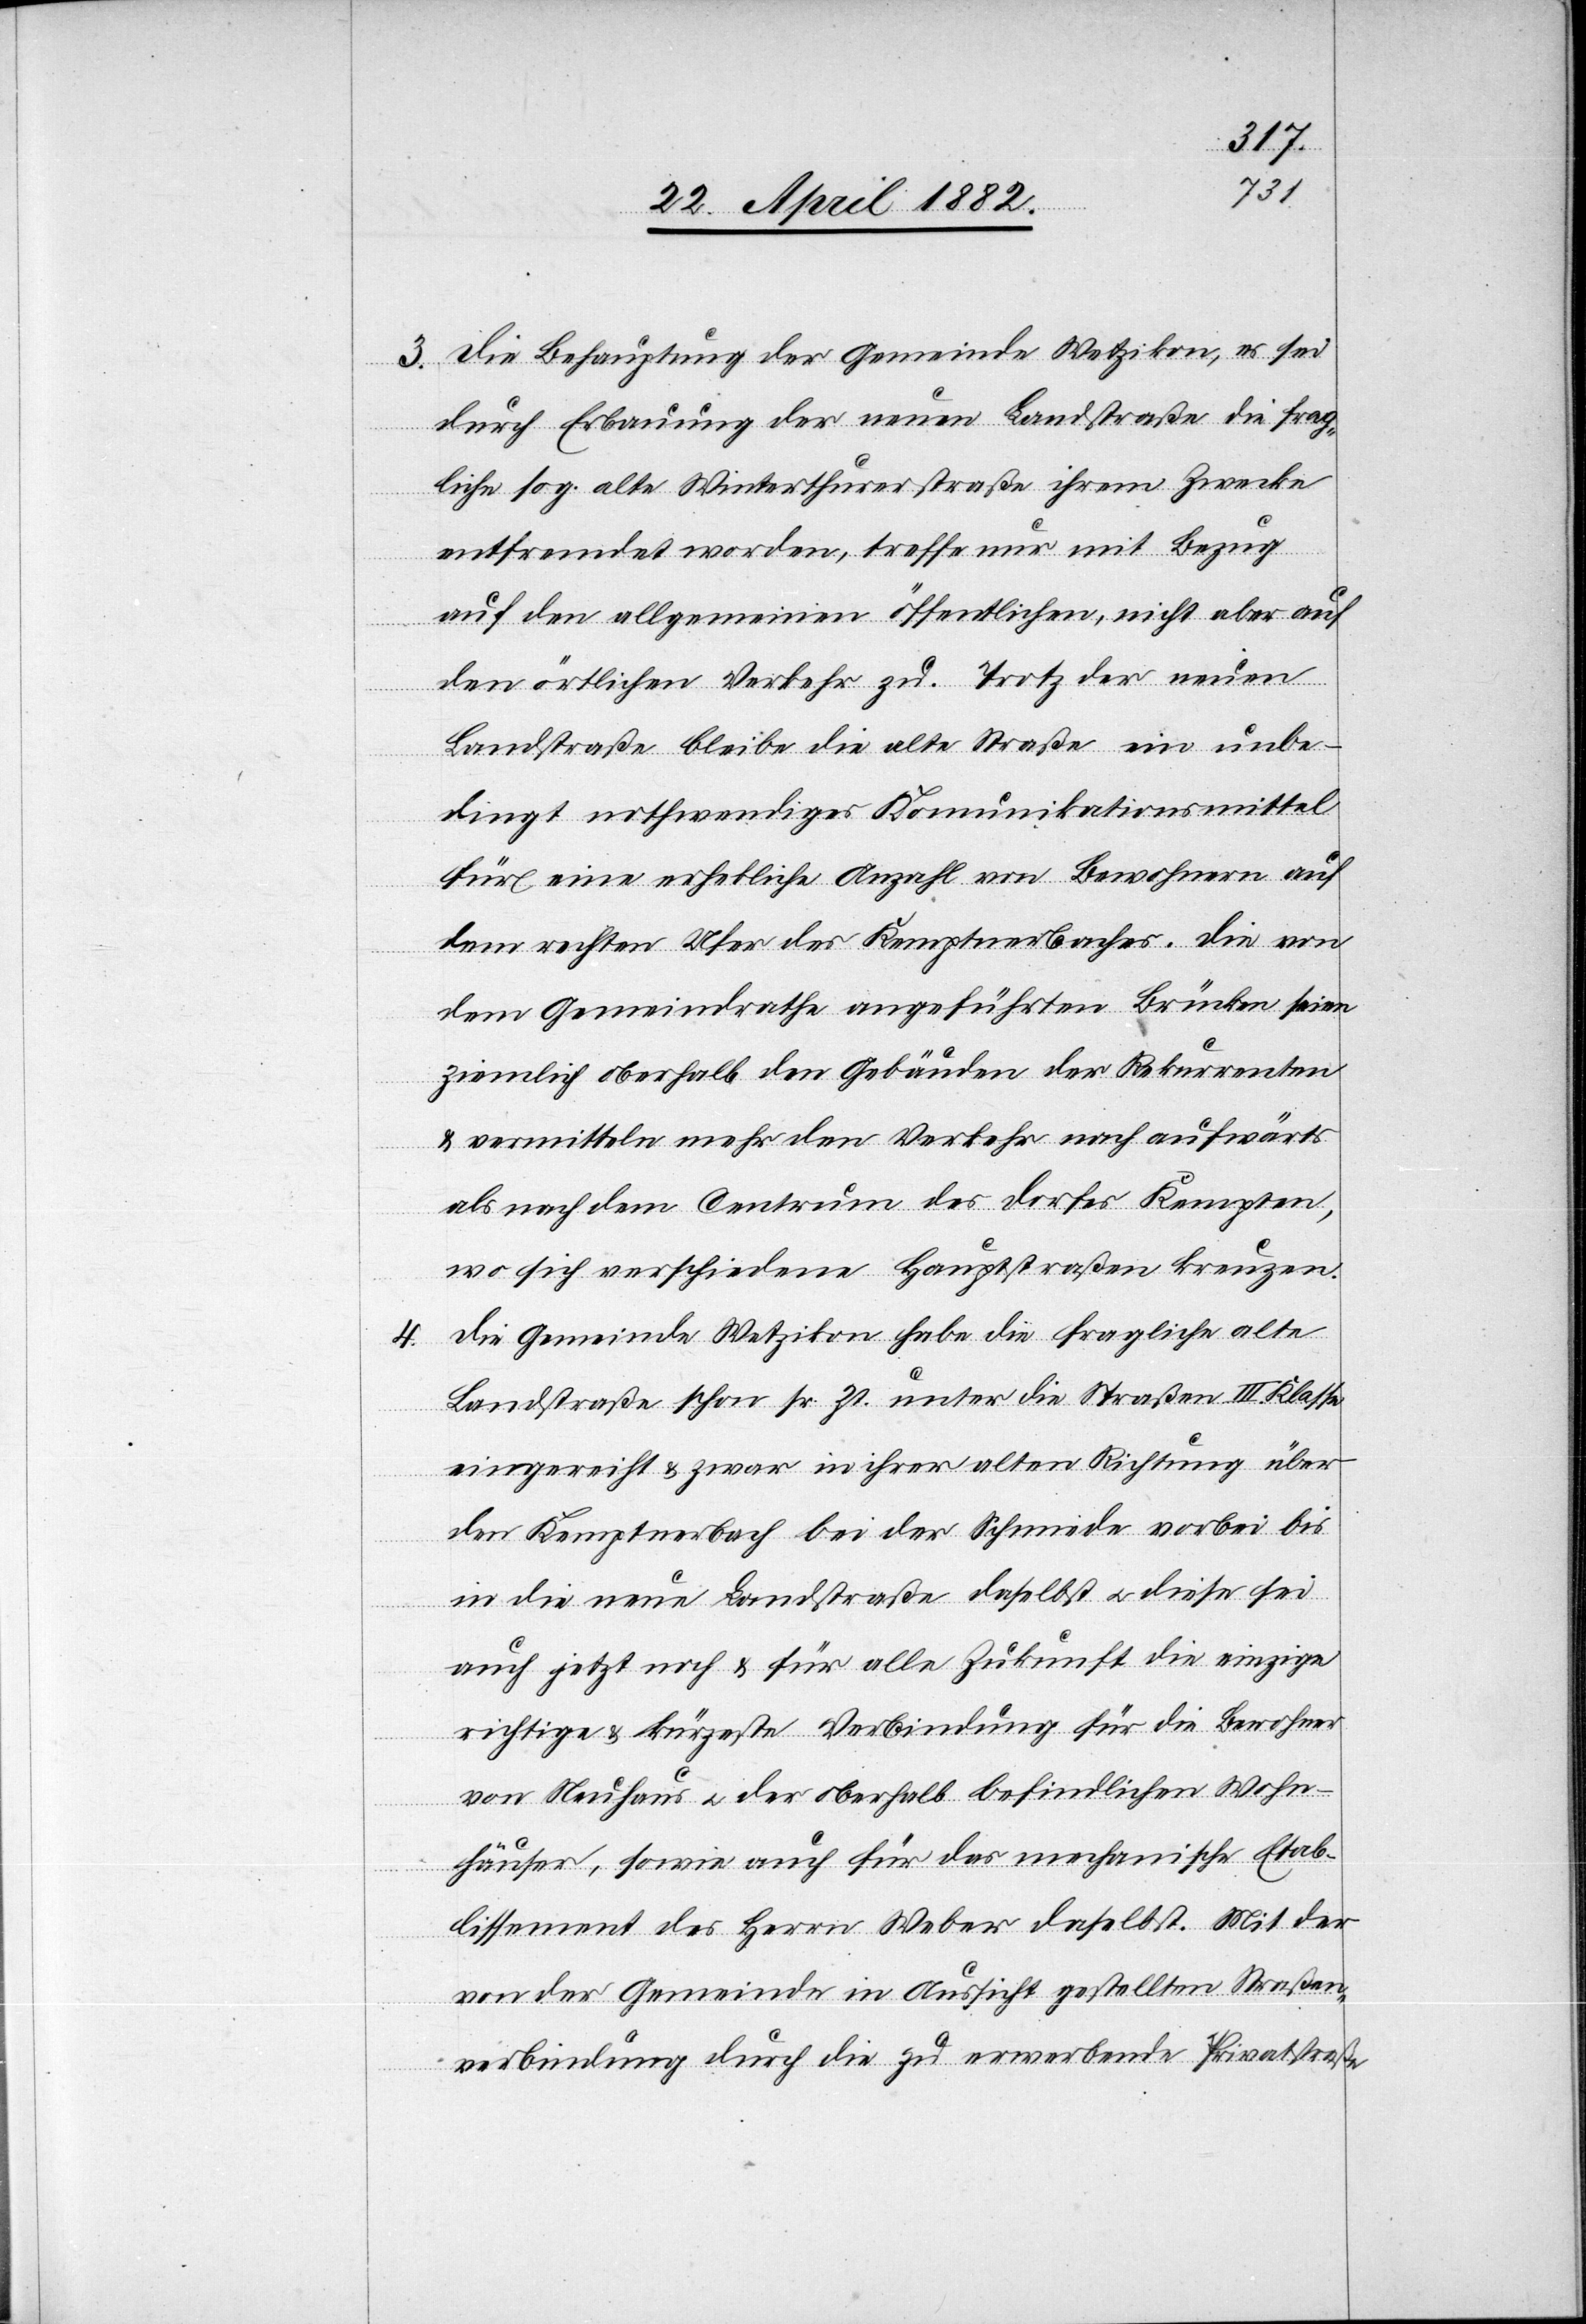
4.

3. Die Behauptung der Gemeinde Wetzikon, es sei
durch Erbauung der neuen Landstraße die frag¬
liche sog. alte Winterthurerstraße ihrem Zwecke
entfremdet worden, treffe nur mit Bezug
auf den allgemeinen öffentlichen, nicht aber auf
den örtlichen Verkehr zu. Trotz der neuen
Landstraße bleibe die alte Straße ein unbe¬
dingt nothwendiges Kommunikationsmittel
für eine erhebliche Anzahl von Bewohnern auf
dem rechte Ufer des Kemptnerbaches. Die von
dem Gemeindrathe angeführten Brücken seien
ziemlich oberhalb den Gebäuden der Rekurrenten
& vermitteln mehr den Verkehr nach aufwärts
als nach dem Centrum des Dorfes Kempten,
wo sich verschiedene Hauptstraße kreuzen.
Die Gemeinde Wetzikon habe die fragliche alte
Landstraße schon sr. Zt. unter die Straßen III. Klasse
eingereiht & zwar in ihrer alten Richtung über
den Kemptnerbach bei der Schmiede vorbei bis
in die neue Landstraße daselbst u. diese sei
auch jetzt noch & für alle Zukunft die einzige
richtige & kürzeste Verbindung für die Bewohner
von Neuhaus u. der oberhalb befindlichen Wohn¬
häuser, sowie auch für das mechanische Etab¬
lissement des Herrn Weber daselbst. Mit der
von der Gemeinde in Aussicht gestellten Straßen¬
verbindung durch die zu erwerbende Privatstraße